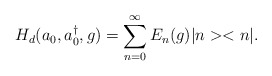
\begin{align*}H_{d}(a_0,a^{\dag }_0,g)=\sum ^{\infty }_{n=0}E_{n}(g)|n><n|.\end{align*}